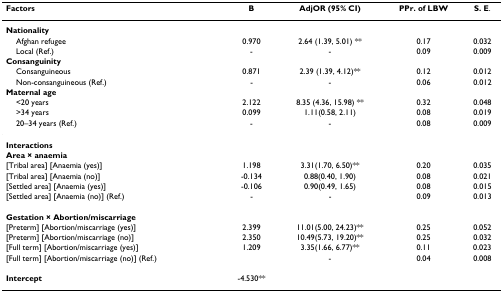
<table><thead><tr><td><b>Factors</b></td><td><b>B</b></td><td><b>AdjOR (95% CI)</b></td><td><b>PPr. of LBW</b></td><td><b>S. E.</b></td></tr></thead><tbody><tr><td><b>Nationality</b></td><td></td><td></td><td></td><td></td></tr><tr><td> Afghan refugee</td><td>0.970</td><td>2.64 (1.39, 5.01) **</td><td>0.17</td><td>0.032</td></tr><tr><td> Local (Ref.)</td><td>-</td><td>-</td><td>0.09</td><td>0.009</td></tr><tr><td><b>Consanguinity</b></td><td></td><td></td><td></td><td></td></tr><tr><td> Consanguineous</td><td>0.871</td><td>2.39 (1.39, 4.12)**</td><td>0.12</td><td>0.012</td></tr><tr><td> Non-consanguineous (Ref.)</td><td>-</td><td>-</td><td>0.06</td><td>0.012</td></tr><tr><td><b>Maternal age</b></td><td></td><td></td><td></td><td></td></tr><tr><td> &lt;20 years</td><td>2.122</td><td>8.35 (4.36, 15.98) **</td><td>0.32</td><td>0.048</td></tr><tr><td> &gt;34 years</td><td>0.099</td><td>1.11(0.58, 2.11)</td><td>0.08</td><td>0.019</td></tr><tr><td> 20–34 years (Ref.)</td><td>-</td><td>-</td><td>0.08</td><td>0.009</td></tr><tr><td><b>Interactions</b></td><td></td><td></td><td></td><td></td></tr><tr><td><b>Area × anaemia</b></td><td></td><td></td><td></td><td></td></tr><tr><td>[Tribal area] [Anaemia (yes)]</td><td>1.198</td><td>3.31(1.70, 6.50)**</td><td>0.20</td><td>0.035</td></tr><tr><td>[Tribal area] [Anaemia (no)]</td><td>-0.134</td><td>0.88(0.40, 1.90)</td><td>0.08</td><td>0.021</td></tr><tr><td>[Settled area] [Anaemia (yes)]</td><td>-0.106</td><td>0.90(0.49, 1.65)</td><td>0.08</td><td>0.015</td></tr><tr><td>[Settled area] [Anaemia (no)] (Ref.)</td><td>-</td><td>-</td><td>0.09</td><td>0.013</td></tr><tr><td><b>Gestation × Abortion/miscarriage</b></td><td></td><td></td><td></td><td></td></tr><tr><td>[Preterm] [Abortion/miscarriage (yes)]</td><td>2.399</td><td>11.01(5.00, 24.23)**</td><td>0.25</td><td>0.052</td></tr><tr><td>[Preterm] [Abortion/miscarriage (no)]</td><td>2.350</td><td>10.49(5.73, 19.20)**</td><td>0.25</td><td>0.032</td></tr><tr><td>[Full term] [Abortion/miscarriage (yes)]</td><td>1.209</td><td>3.35(1.66, 6.77)**</td><td>0.11</td><td>0.023</td></tr><tr><td>[Full term] [Abortion/miscarriage (no)] (Ref.)</td><td></td><td>-</td><td>0.04</td><td>0.008</td></tr><tr><td><b>Intercept</b></td><td>-4.530**</td><td></td><td></td><td></td></tr></tbody></table>